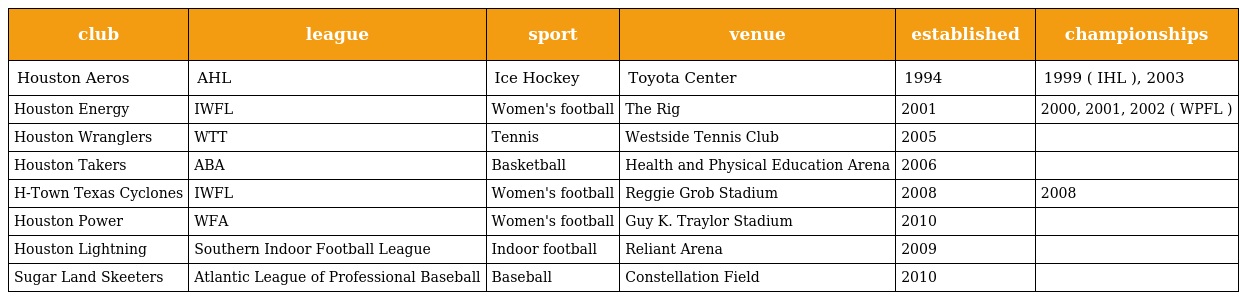
| club | league | sport | venue | established | championships |
 | --- | --- | --- | --- | --- | --- |
 | Houston Aeros | AHL | Ice Hockey | Toyota Center | 1994 | 1999 ( IHL ), 2003 |
 | Houston Energy | IWFL | Women's football | The Rig | 2001 | 2000, 2001, 2002 ( WPFL ) |
 | Houston Wranglers | WTT | Tennis | Westside Tennis Club | 2005 |  |
 | Houston Takers | ABA | Basketball | Health and Physical Education Arena | 2006 |  |
 | H-Town Texas Cyclones | IWFL | Women's football | Reggie Grob Stadium | 2008 | 2008 |
 | Houston Power | WFA | Women's football | Guy K. Traylor Stadium | 2010 |  |
 | Houston Lightning | Southern Indoor Football League | Indoor football | Reliant Arena | 2009 |  |
 | Sugar Land Skeeters | Atlantic League of Professional Baseball | Baseball | Constellation Field | 2010 |  |